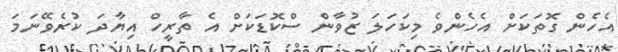
އެހެން ގޮތަކަށް އެހެންވެ މިކަހަލަ ޒުވާން ސްކޮޑަކަށް އެ ތާރީހް އިޔާދަ ކުރެވޭނަމަ